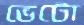
ভেটো